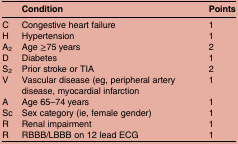
|  | Condition | Points |
 | --- | --- | --- |
 | C | Congestive heart failure | 1 |
 | H | Hypertension | 1 |
 | A2 | Age ≥75 years | 2 |
 | D | Diabetes | 1 |
 | S2 | Prior stroke or TIA | 2 |
 | V | Vascular disease (eg, peripheral artery disease, myocardial infarction | 1 |
 | A | Age 65–74 years | 1 |
 | Sc | Sex category (ie, female gender) | 1 |
 | R | Renal impairment | 1 |
 | R | RBBB/LBBB on 12 lead ECG | 1 |